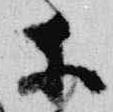
等